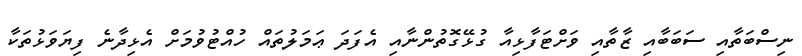
ނިސްބަތާއި ސަބަބާއި ޒާތާއި ވަށްޓަފާޅިއާ ގުޅޭގޮތުންނާއި އެފަދަ ޢަމަލުތައް ހުއްޓުވުމަށް އެޅިދާނެ ފިޔަވަޅުތަކާ